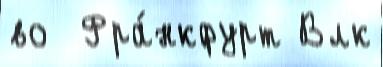
во  Фра́нкфурт Влк